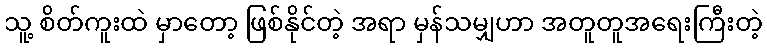
သူ့ စိတ်ကူးထဲ မှာတော့ ဖြစ်နိုင်တဲ့ အရာ မှန်သမျှဟာ အတူတူအရေးကြီးတဲ့